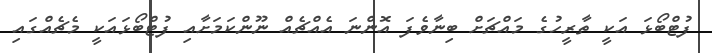
ފުޓްބޯޅަ އަކީ ތާރީހުގެ މައްޗަށް ބިނާވެފަ އޮންނަ އެއްޗެއް ނޫންކަމަށާއި ފުޓްބޯޅައަކީ މެޗެއްގައި